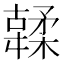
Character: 䂋